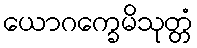
ယောဂက္ခေမိသုတ္တံ